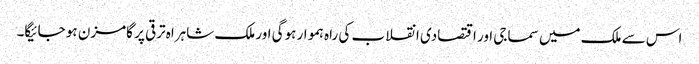
اس سے ملک میں سماجی اور اقتصادی انقلاب کی راہ ہموار ہوگی اور ملک شاہراہ ترقی پر گامزن ہو جائیگا۔